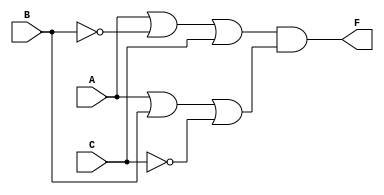
module pos_simplification (
    input wire A,        // Input variable A
    input wire B,        // Input variable B
    input wire C,        // Input variable C
    output wire F        // Output for the POS expression
);

// Sum Terms
wire sum1; // First sum term (A + B' + C)
wire sum2; // Second sum term (A + B + C')

// Implementing Sum Terms using OR gates
assign sum1 = A | (~B) | C;    // A + B' + C
assign sum2 = A | B | (~C);    // A + B + C'

// Product Term (AND gate)
assign F = sum1 & sum2;        // (A + B' + C) * (A + B + C')

endmodule